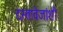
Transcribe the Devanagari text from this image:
दस्तावेजांशी